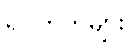
ရပ်ကွက်များ